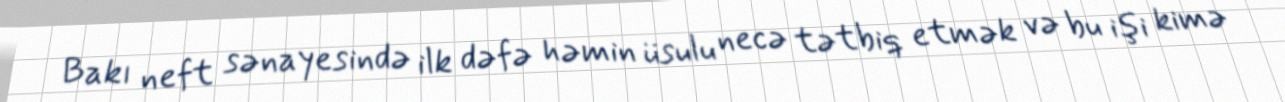
Bakı neft sənayesində ilk dəfə həmin üsulu necə tətbiq etmək və bu işi kimə